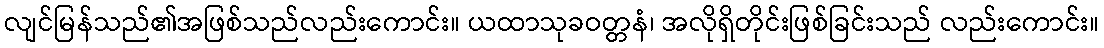
လျင်မြန်သည်၏အဖြစ်သည်လည်းကောင်း။ ယထာသုခဝတ္တနံ၊ အလိုရှိတိုင်းဖြစ်ခြင်းသည် လည်းကောင်း။